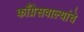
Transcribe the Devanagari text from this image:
काँग्रेसवाल्यांचे